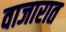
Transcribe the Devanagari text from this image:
वाजारात